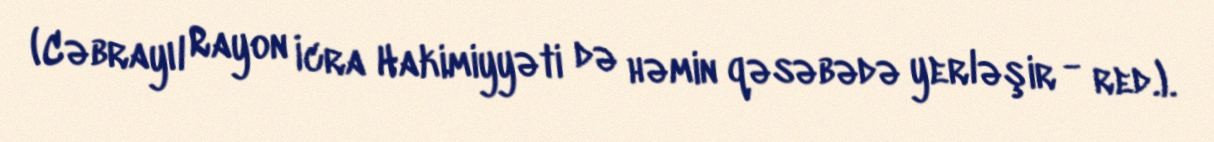
(Cəbrayıl Rayon İcra Hakimiyyəti də həmin qəsəbədə yerləşir - red.).